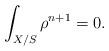
LaTeX: \begin{align*}\int_{X/S} \rho^{n+1}=0.\end{align*}